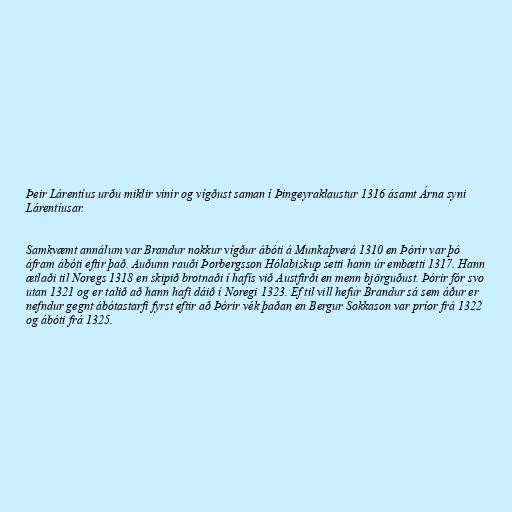
Þeir Lárentíus urðu miklir vinir og vígðust saman í Þingeyraklaustur 1316 ásamt Árna syni
Lárentíusar.

Samkvæmt annálum var Brandur nokkur vígður ábóti á Munkaþverá 1310 en Þórir var þó
áfram ábóti eftir það. Auðunn rauði Þorbergsson Hólabiskup setti hann úr embætti 1317. Hann
ætlaði til Noregs 1318 en skipið brotnaði í hafís við Austfirði en menn björguðust. Þórir fór svo
utan 1321 og er talið að hann hafi dáið í Noregi 1323. Ef til vill hefur Brandur sá sem áður er
nefndur gegnt ábótastarfi fyrst eftir að Þórir vék þaðan en Bergur Sokkason var príor frá 1322
og ábóti frá 1325.